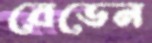
বেডেন